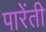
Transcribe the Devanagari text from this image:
पारेंती